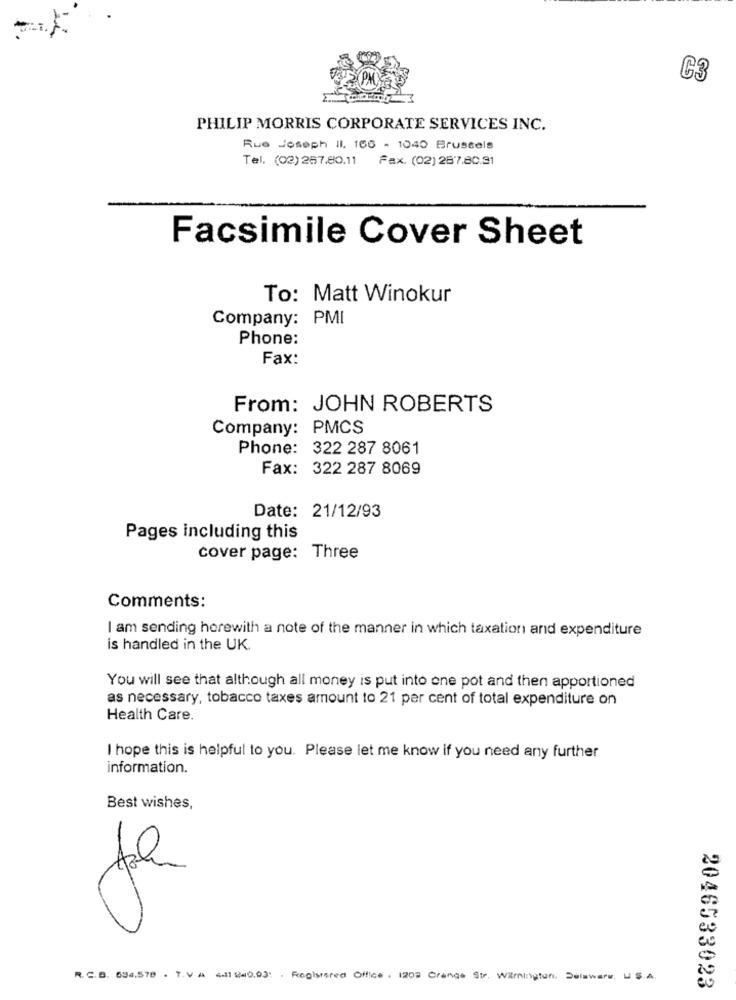
C3
PHILIP MORRIS CORPORATE SERVICES INC.
Rue Joseph Il. 166 - 1040 Brussels
Tel. (02)267.80.11 Fax. (02) 287.80.31
Facsimile Cover Sheet
To: Matt Winokur
Company: PMI
Phone:
Fax:
From: JOHN ROBERTS
Company: PMCS
Phone: 322 287 8061
Fax: 322 287 8069
Date: 21/12/93
Pages including this
cover page: Three
Comments:
I am sending herewith a note of the manner in which taxation and expenditure
is handled in the UK.
You will see that although all money is put into one pot and then apportioned
as necessary, tobacco taxes amount to 21 per cent of total expenditure on
Health Care.
I hope this is helpful to you. Please let me know if you need any further
information.
Best wishes,
je
R. C.B. 634.570 . T.V A 441 240.03 . Registered Office . 1202 Orange Str. Wilmington. Delaware, U S.A.
2046533023